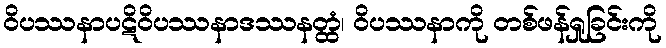
ဝိပဿနာပဋိဝိပဿနာဒဿနတ္ထံ၊ ဝိပဿနာကို တစ်ဖန်ရှုခြင်းကို